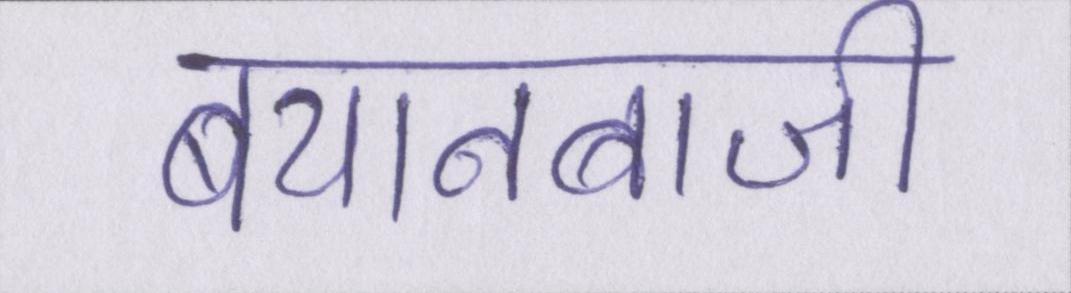
बयानबाजी